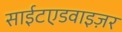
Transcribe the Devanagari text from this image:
साईटएडवाइज़र